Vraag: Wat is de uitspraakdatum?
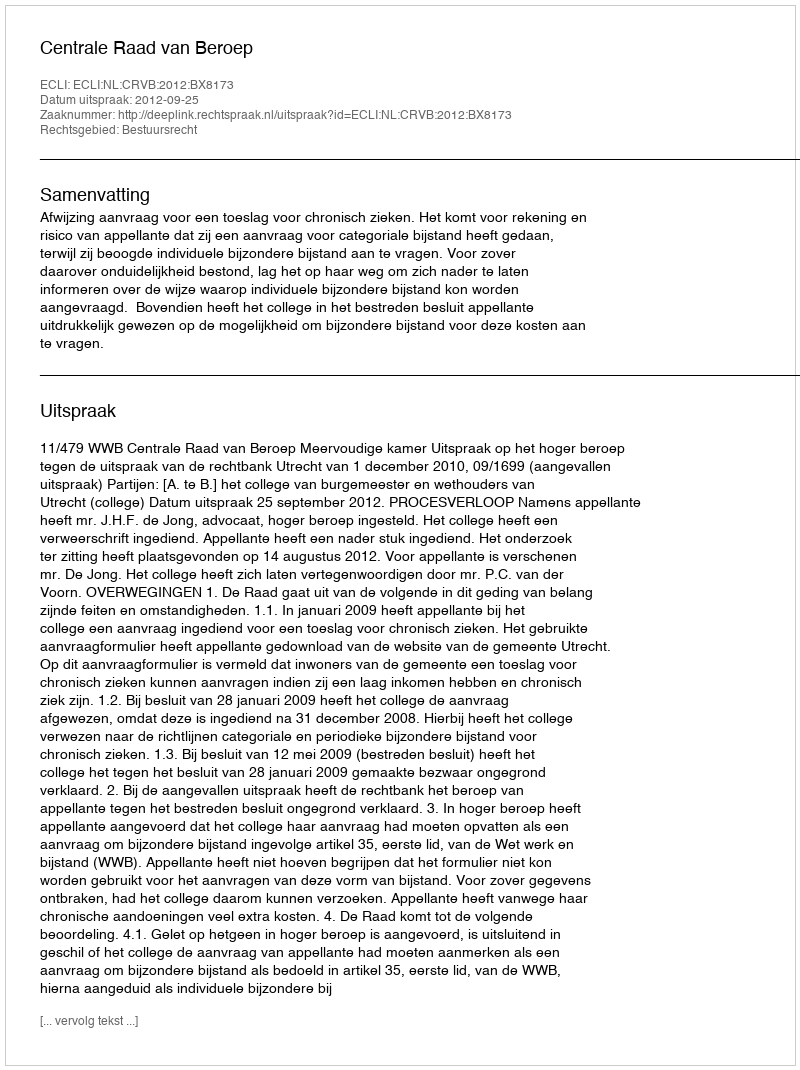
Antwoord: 2012-09-25